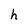
Character: h